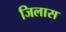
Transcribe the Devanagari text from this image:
जिलास